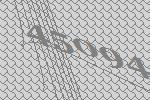
45094